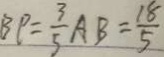
B P = \frac { 3 } { 5 } A B = \frac { 1 8 } { 5 }